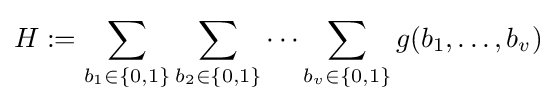
H:=\sum _{b_{1}\in \{0,1\}}\sum _{b_{2}\in \{0,1\}}\cdots \sum _{b_{v}\in \{0,1\}}g(b_{1},\ldots ,b_{v})